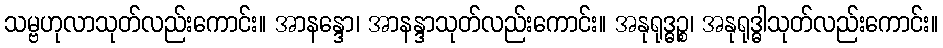
သမ္ဗဟုလာသုတ်လည်းကောင်း။ အာနန္ဒော၊ အာနန္ဒာသုတ်လည်းကောင်း။ အနုရုဒ္ဓဉ္စ၊ အနုရုဒ္ဓါသုတ်လည်းကောင်း။